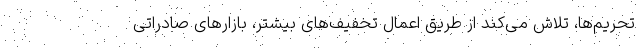
تحریم‌ها، تلاش می‌کند از طریق اعمال تخفیف‌های بیشتر، بازارهای صادراتی